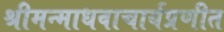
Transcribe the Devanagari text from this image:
श्रीमन्माधवाचार्यप्रणीत